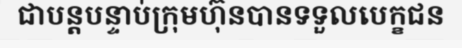
ជាបន្តបន្ទាប់ក្រុមហ៊ុនបានទទួលបេក្ខជន